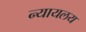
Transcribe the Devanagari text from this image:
न्‍यायलय